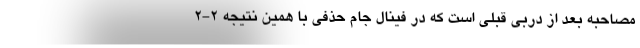
مصاحبه بعد از دربی قبلی است که در فینال جام حذفی با همین نتیجه 2-2